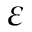
\varepsilon